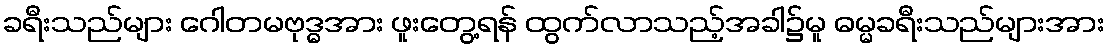
ခရီးသည်များ ဂေါတမဗုဒ္ဓအား ဖူးတွေ့ရန် ထွက်လာသည့်အခါ၌မူ ဓမ္မခရီးသည်များအား